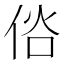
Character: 𠉇